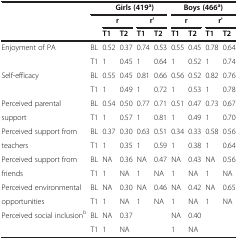
<table><thead><tr><td><b> </b></td><td><b> </b></td><td colspan="4"><b>Girls (419<sup>a</sup>)</b></td><td colspan="4"><b>Boys (466<sup>a</sup>)</b></td></tr><tr><td colspan="2"><b> </b></td><td colspan="2"><b>r</b></td><td colspan="2"><b>r&#x27;</b></td><td colspan="2"><b>r</b></td><td colspan="2"><b>r&#x27;</b></td></tr><tr><td colspan="2"><b> </b></td><td><b>T1</b></td><td><b>T2</b></td><td><b>T1</b></td><td><b>T2</b></td><td><b>T1</b></td><td><b>T2</b></td><td><b>T1</b></td><td><b>T2</b></td></tr></thead><tbody><tr><td>Enjoyment of PA</td><td>BL</td><td>0.52</td><td>0.37</td><td>0.74</td><td>0.53</td><td>0.55</td><td>0.45</td><td>0.78</td><td>0.64</td></tr><tr><td> </td><td>T1</td><td>1</td><td>0.45</td><td>1</td><td>0.64</td><td>1</td><td>0.52</td><td>1</td><td>0.74</td></tr><tr><td>Self-efficacy</td><td>BL</td><td>0.55</td><td>0.45</td><td>0.81</td><td>0.66</td><td>0.56</td><td>0.52</td><td>0.82</td><td>0.76</td></tr><tr><td> </td><td>T1</td><td>1</td><td>0.49</td><td>1</td><td>0.72</td><td>1</td><td>0.53</td><td>1</td><td>0.78</td></tr><tr><td>Perceived parental</td><td>BL</td><td>0.54</td><td>0.50</td><td>0.77</td><td>0.71</td><td>0.51</td><td>0.47</td><td>0.73</td><td>0.67</td></tr><tr><td>support</td><td>T1</td><td>1</td><td>0.57</td><td>1</td><td>0.81</td><td>1</td><td>0.49</td><td>1</td><td>0.70</td></tr><tr><td>Perceived support from</td><td>BL</td><td>0.37</td><td>0.30</td><td>0.63</td><td>0.51</td><td>0.34</td><td>0.33</td><td>0.58</td><td>0.56</td></tr><tr><td>teachers</td><td>T1</td><td>1</td><td>0.35</td><td>1</td><td>0.59</td><td>1</td><td>0.38</td><td>1</td><td>0.64</td></tr><tr><td>Perceived support from</td><td>BL</td><td>NA</td><td>0.36</td><td>NA</td><td>0.47</td><td>NA</td><td>0.43</td><td>NA</td><td>0.56</td></tr><tr><td>friends</td><td>T1</td><td>1</td><td>NA</td><td>1</td><td>NA</td><td>1</td><td>NA</td><td>1</td><td>NA</td></tr><tr><td>Perceived environmental</td><td>BL</td><td>NA</td><td>0.30</td><td>NA</td><td>0.46</td><td>NA</td><td>0.42</td><td>NA</td><td>0.65</td></tr><tr><td>opportunities</td><td>T1</td><td>1</td><td>NA</td><td>1</td><td>NA</td><td>1</td><td>NA</td><td>1</td><td>NA</td></tr><tr><td>Perceived social inclusion<sup>b</sup></td><td>BL</td><td>NA</td><td>0.37</td><td> </td><td> </td><td>NA</td><td>0.40</td><td> </td><td> </td></tr><tr><td> </td><td>T1</td><td>1</td><td>NA</td><td> </td><td> </td><td>1</td><td>NA</td><td> </td><td> </td></tr></tbody></table>